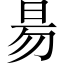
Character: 昜